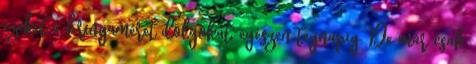
ezeket a bringaméret dolgokat, egészen tegnapig. De már csak